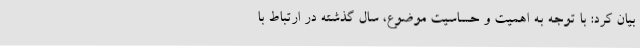
بیان کرد: با توجه به اهمیت و حساسیت موضوع، سال گذشته در ارتباط با